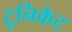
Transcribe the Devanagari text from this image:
टूनिकेट